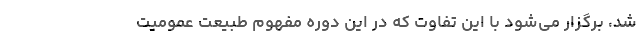
شد، برگزار می‌شود با این تفاوت که در این دوره مفهوم طبیعت عمومیت